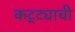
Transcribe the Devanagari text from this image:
कट्ट्याची